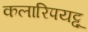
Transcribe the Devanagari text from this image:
कलारिपयट्टू